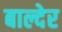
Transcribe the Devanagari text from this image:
बाल्देर